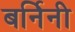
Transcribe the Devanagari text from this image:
बर्निनी